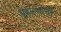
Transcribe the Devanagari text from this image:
प्रणाल्यांची